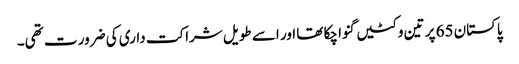
پاکستان 65 پر تین وکٹیں گنوا چکا تھا اور اسے طویل شراکت داری کی ضرور ت تھی۔